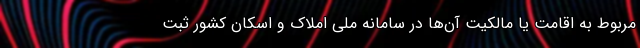
مربوط به اقامت یا مالکیت آن‌ها در سامانه ملی املاک و اسکان کشور ثبت